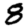
Digit: 8